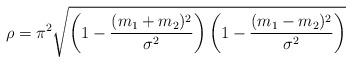
\begin{align*}\rho = \pi ^2 \sqrt { \left( 1 - \frac{(m_1 + m_2)^2}{ \sigma ^2} \right) \left( 1 - \frac{(m_1 - m_2)^2}{ \sigma ^2} \right) } \end{align*}